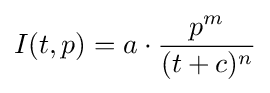
I(t,p)=a\cdot {\frac {p^{m}}{(t+c)^{n}}}